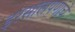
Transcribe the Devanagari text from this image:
इरसालपणाचे